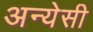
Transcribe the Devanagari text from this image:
अन्येसी